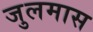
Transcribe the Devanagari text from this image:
जुलमास